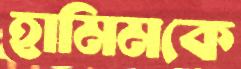
হামিমকে